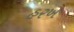
હરખ